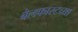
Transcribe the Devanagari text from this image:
बेलफास्टच्या